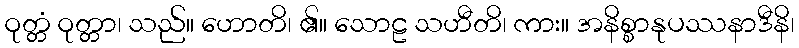
ဝုတ္တံ ဝုတ္တာ၊ သည်။ ဟောတိ၊ ၏။ သောဠ သဟီတိ၊ ကား။ အနိစ္စာနုပဿနာဒီနိ၊